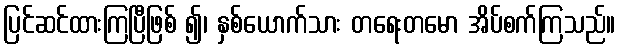
ပြင်ဆင်ထားကြပြီဖြစ် ၍၊ နှစ်ယောက်သား တရေးတမော အိပ်စက်ကြသည်။